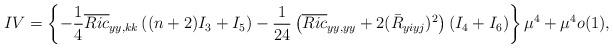
LaTeX: \begin{align*}IV=\left\{-\frac{1}{4}\overline{Ric}_{yy,kk}\left((n+2)I_3+I_5\right)-\frac{1}{24}\left(\overline{Ric}_{yy,yy}+2(\bar{R}_{yiyj})^2\right)(I_4+I_6)\right\}\mu^4+\mu^4o(1),\end{align*}